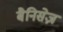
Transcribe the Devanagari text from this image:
बैनिसेज़